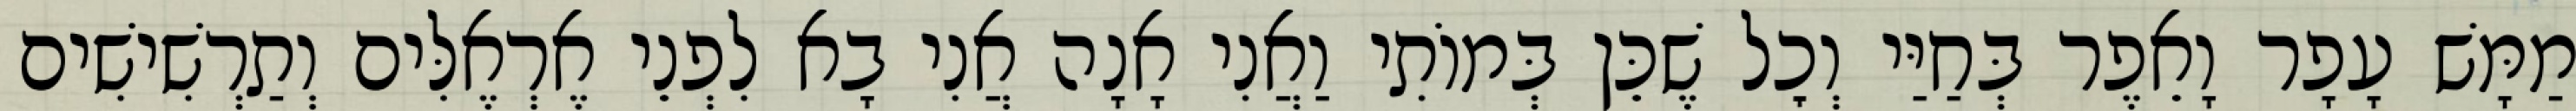
מַמָּשׁ עָפָר וָאֵפֶר בְּחַיַּי וְכׇל שֶׁכֵּן בְּמוֹתִי וַאֲנִי אָנָה אֲנִי בָא לִפְנֵי אֶרְאֶלִּים וְתַרְשִׁישִׁים